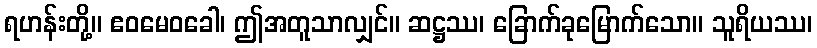
ရဟန်းတို့။ ဧဝမေဝခေါ၊ ဤအတူသာလျှင်။ ဆဋ္ဌဿ၊ ခြောက်ခုမြောက်သော။ သူရိယဿ၊